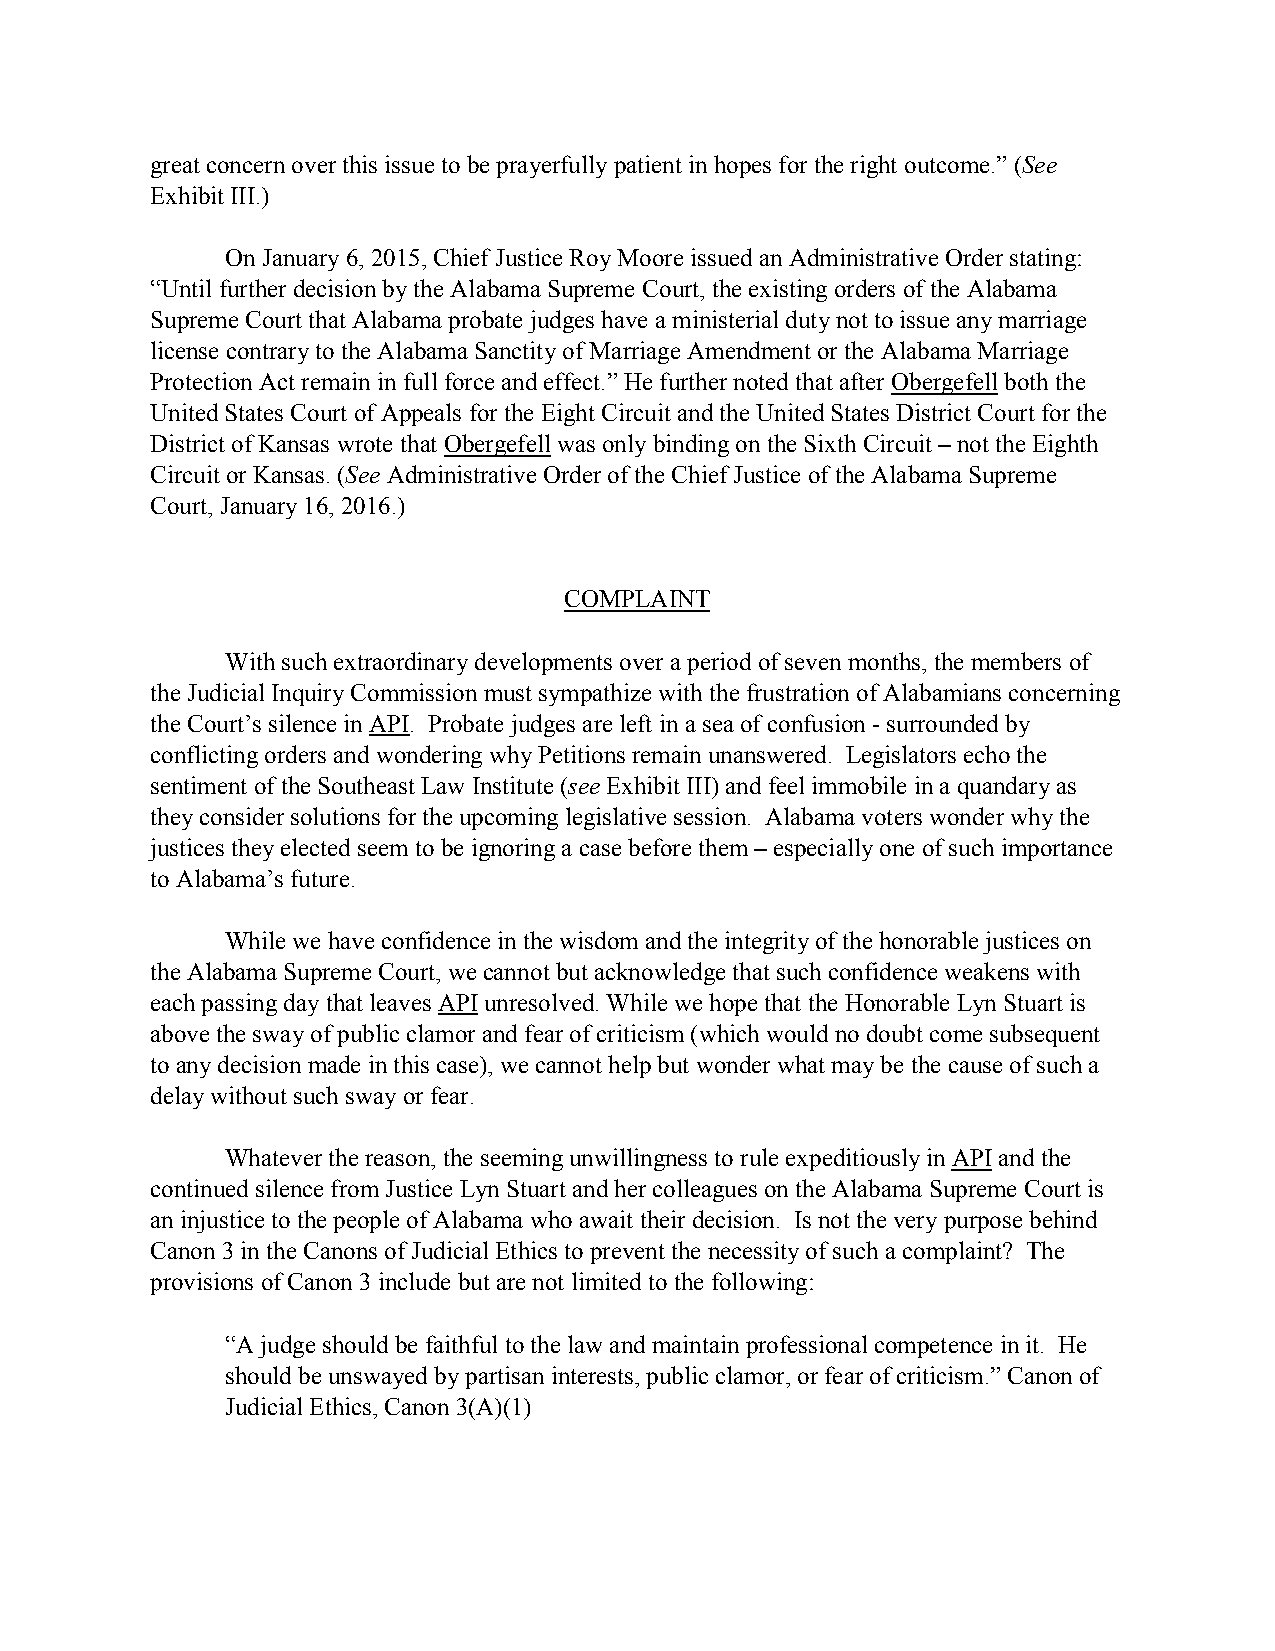
great concern over this issue to be prayerfully patient in hopes for the right outcome.” (See
 Exhibit III.)
 On January 6, 2015, Chief Justice Roy Moore issued an Administrative Order stating:
 “Until further decision by the Alabama Supreme Court, the existing orders of the Alabama
 Supreme Court that Alabama probate judges have a ministerial duty not to issue any marriage
 license contrary to the Alabama Sanctity of Marriage Amendment or the Alabama Marriage
 Protection Act remain in full force and effect.” He further noted that after Obergefell both the
 United States Court of Appeals for the Eight Circuit and the United States District Court for the
 District of Kansas wrote that Obergefell was only binding on the Sixth Circuit – not the Eighth
 Circuit or Kansas. (See Administrative Order of the Chief Justice of the Alabama Supreme
 Court, January 16, 2016.)
 COMPLAINT
 With such extraordinary developments over a period of seven months, the members of
 the Judicial Inquiry Commission must sympathize with the frustration of Alabamians concerning
 the Court’s silence in API. Probate judges are left in a sea of confusion - surrounded by
 conflicting orders and wondering why Petitions remain unanswered. Legislators echo the
 sentiment of the Southeast Law Institute (see Exhibit III) and feel immobile in a quandary as
 they consider solutions for the upcoming legislative session. Alabama voters wonder why the
 justices they elected seem to be ignoring a case before them – especially one of such importance
 to Alabama’s future.
 While we have confidence in the wisdom and the integrity of the honorable justices on
 the Alabama Supreme Court, we cannot but acknowledge that such confidence weakens with
 each passing day that leaves API unresolved. While we hope that the Honorable Lyn Stuart is
 above the sway of public clamor and fear of criticism (which would no doubt come subsequent
 to any decision made in this case), we cannot help but wonder what may be the cause of such a
 delay without such sway or fear.
 Whatever the reason, the seeming unwillingness to rule expeditiously in API and the
 continued silence from Justice Lyn Stuart and her colleagues on the Alabama Supreme Court is
 an injustice to the people of Alabama who await their decision. Is not the very purpose behind
 Canon 3 in the Canons of Judicial Ethics to prevent the necessity of such a complaint? The
 provisions of Canon 3 include but are not limited to the following:
 “A judge should be faithful to the law and maintain professional competence in it. He
 should be unswayed by partisan interests, public clamor, or fear of criticism.” Canon of
 Judicial Ethics, Canon 3(A)(1)